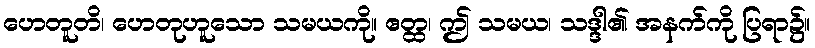
ဟေတူတိ၊ ဟေတုဟူသော သမယကို။ ဧတ္ထ၊ ဤ သမယ၊ သဒ္ဒါ၏ အနက်ကို ပြရာ၌။